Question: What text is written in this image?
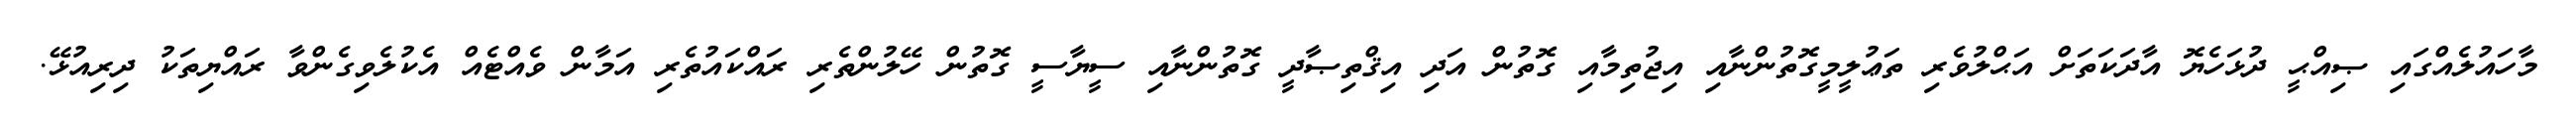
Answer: މާހައުލެއްގައި ޞިއްޙީ ދުޅަހެޔޮ އާދަކަތަށް އަޙްލުވެރި ތަޢުލީމީގޮތުންނާއި އިޖުތިމާއި ގޮތުން އަދި އިޤްތިޞާދީ ގޮތުންނާއި ސީޔާސީ ގޮތުން ހޭލުންތެރި ރައްކައުތެރި އަމާން ވެއްޓެއް އެކުލެވިގެންވާ ރައްޔިތަކު ދިރިއުޅޭ.